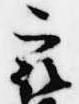
最